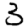
Digit: 3